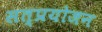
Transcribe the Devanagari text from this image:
सत्प्रयोजन